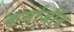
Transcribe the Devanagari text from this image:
कर्माजीव